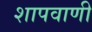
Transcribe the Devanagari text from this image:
शापवाणी